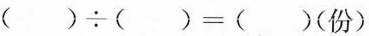
( )\div ( )=( )(份)